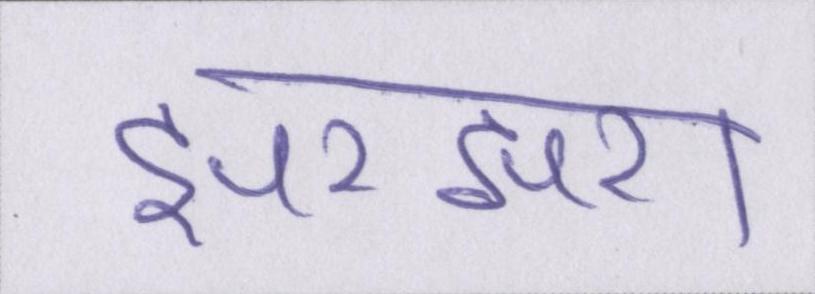
झरझरा